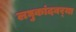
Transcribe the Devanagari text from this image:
लघुकांदबर्‍या